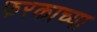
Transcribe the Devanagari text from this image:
फरकाच्या